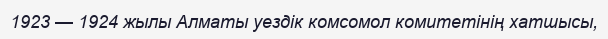
1923 — 1924 жылы Алматы уездік комсомол комитетінің хатшысы,